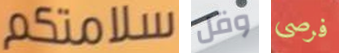
سلامتكم وقل فرصي